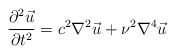
\begin{align*}{{\partial^2{\vec u}}\over {\partial t^2}}=c^2 {\nabla^2}{\vec u}+\nu^2{\nabla^4}{\vec u}\end{align*}